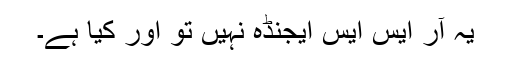
یہ آر ایس ایس ایجنڈہ نہیں تو اور کیا ہے۔